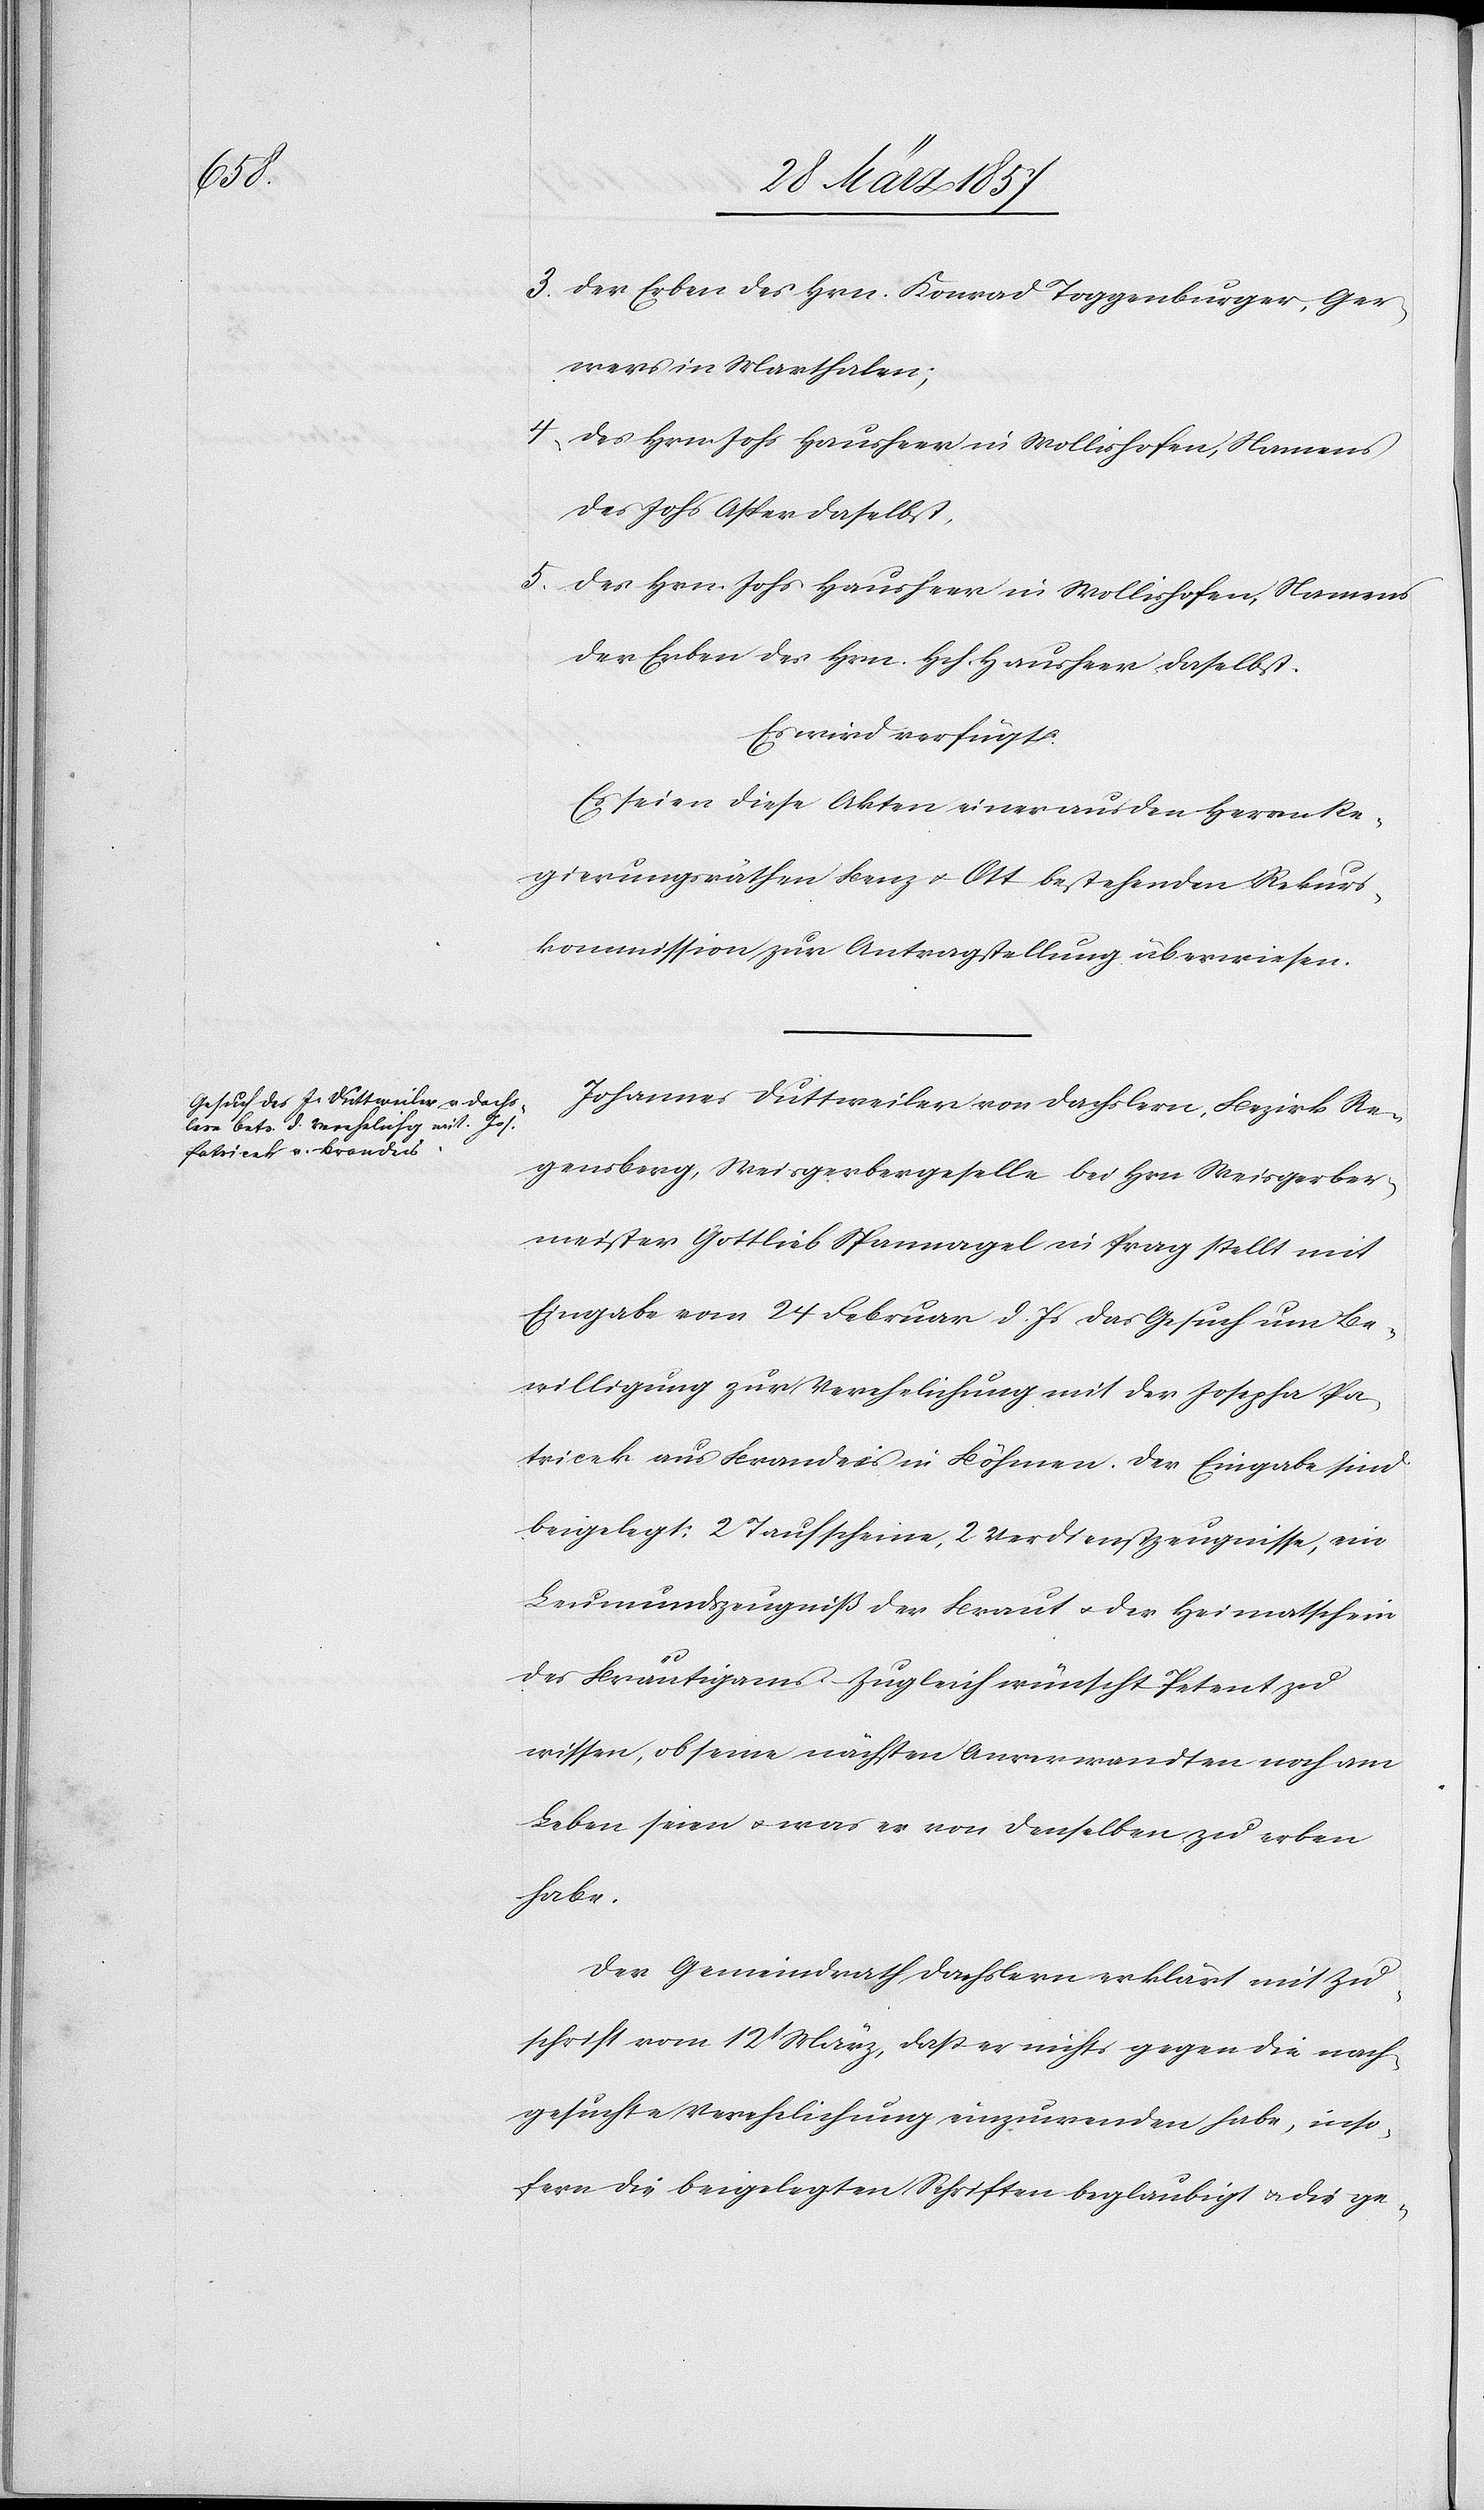
3. Der Erben des Hrn. Konrad Toggenburger, Ger¬
wers in Marthalen;
4. Des Hrn. Johs Hausheer in Wollishofen, Namens
des Johs Asper daselbst,
5. Des Hrn. Johs. Hausheer in Wollishofen Namens
der Erben des Hrn. Hch. Hausheer daselbst.
Es wird verfügt:
Es seien diese Akten einer aus den Herren Re¬
gierungsräthen Benz u. Ott bestehenden Rekurs¬
kommission zur Antragstellung überwiesen.
Johannes Duttweiler von Dachslern, Bezirk Re¬
gensberg, Weisgerbergeselle bei Hrn Weisgerber¬
meister Gottlieb Spannagel in Prag stellt mit
Eingabe vom 24 Februar d. Js das Gesuch um Be¬
willigung zur Verehelichung mit der Josepha Pa¬
tricek aus Brandeis in Böhmen. Der Eingabe sind
beigelegt: 2 Taufscheine, 2 Verdienstzeugnisse, ein
Leumundszeugniß der Braut u. der Heimatschein
des Bräutigams. Zugleich wünscht Petent zu
wissen, ob seine nächsten Anverwandten noch am
Leben seien u. was er von denselben zu erben
habe.
Der Gemeindrath Dachslern erklärt mit Zu¬
schrift vom 12t März, daß er nichts gegen die nach¬
gesuchte Verehelichung einzuwenden habe, inso¬
fern die beigelegten Schriften beglaubigt u. die ge-